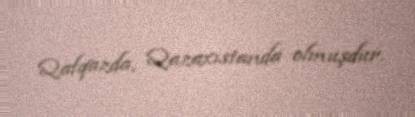
Qafqazda, Qazaxıstanda olmuşdur.